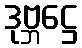
ဒုဗ္ဘဋ္ဌေ